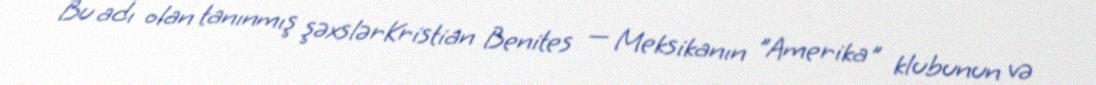
Bu adı olan tanınmış şəxslərKristian Benites — Meksikanın "Amerika" klubunun və